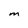
Character: M